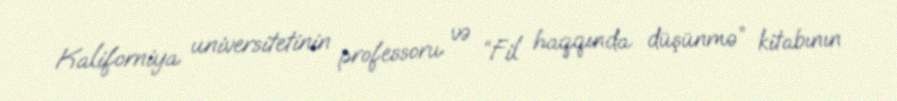
Kaliforniya universitetinin professoru və “Fil haqqında düşünmə” kitabının